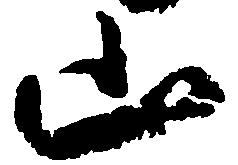
山